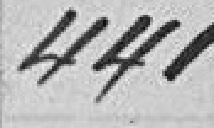
440